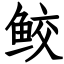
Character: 鲛